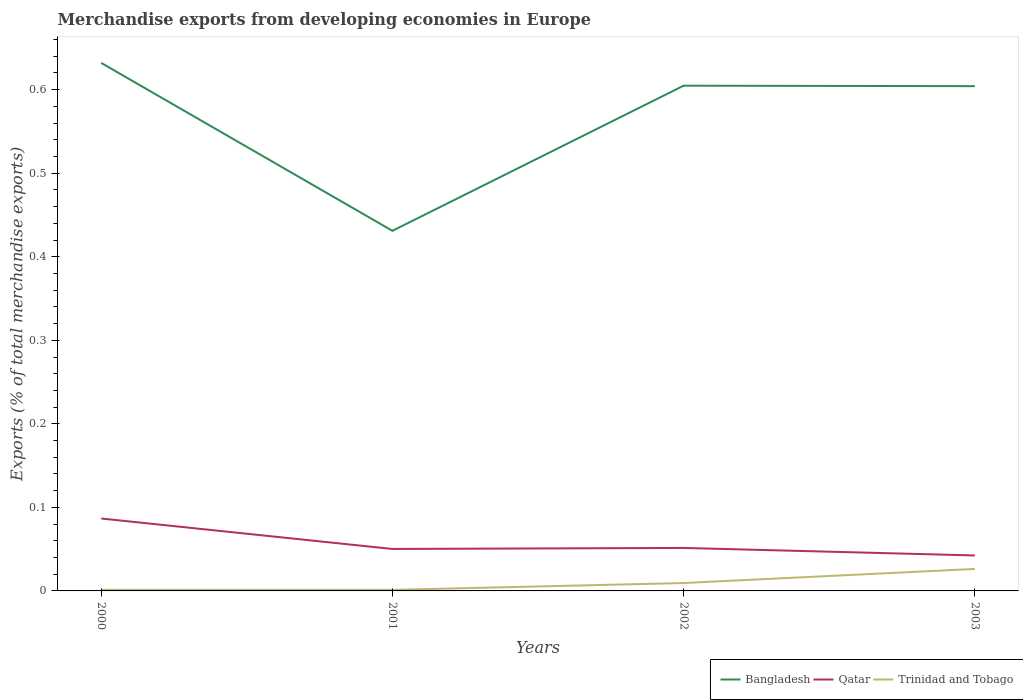
| Years | Bangladesh | Qatar | Trinidad and Tobago |
 | --- | --- | --- | --- |
 | 2000 | 0.632 | 0.0867 | 0.00126 |
 | 2001 | 0.431 | 0.0502 | 0.00125 |
 | 2002 | 0.605 | 0.0515 | 0.00945 |
 | 2003 | 0.604 | 0.0425 | 0.0263 |